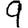
Digit: 9